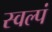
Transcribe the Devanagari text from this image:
स्वल्पं